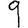
Digit: 9